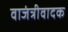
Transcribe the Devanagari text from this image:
वाजंत्रीवादक